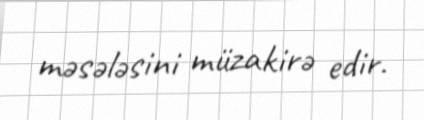
məsələsini müzakirə edir.